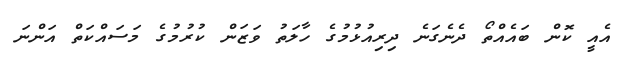
އެއީ ކޮން ބައެއްތޯ ދެނެގަނެ ދިރިއުޅުމުގެ ހާލަތު ވަޒަން ކުރުމުގެ މަސައްކަތް އަންނަ